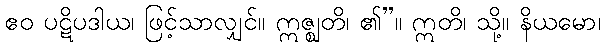
ဧဝ ပဋိပဒါယ၊ ဖြင့်သာလျှင်။ ဣဇ္ဈတိ၊ ၏”။ ဣတိ၊ သို့။ နိယမော၊